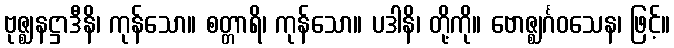
ဗုဇ္ဈနဋ္ဌာဒီနိ၊ ကုန်သော။ စတ္တာရိ၊ ကုန်သော။ ပဒါနိ၊ တို့ကို။ ဗောဇ္ဈင်္ဂဝသေန၊ ဖြင့်။